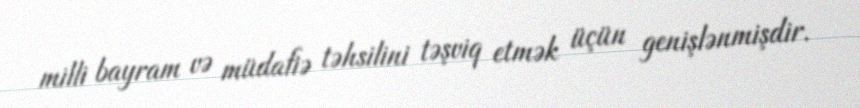
milli bayram və müdafiə təhsilini təşviq etmək üçün genişlənmişdir.